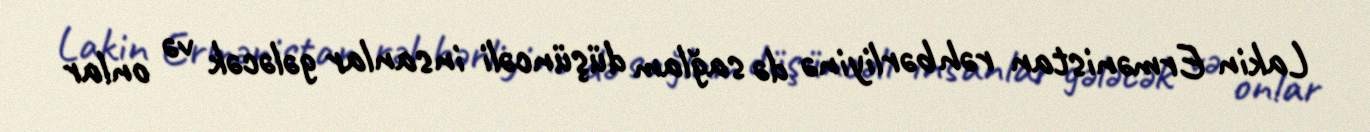
Lakin Ermənistan rəhbərliyinə də sağlam düşüncəli insanlar gələcək və onlar